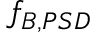
f _ { B , P S D }